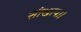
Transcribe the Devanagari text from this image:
सीखाया।